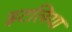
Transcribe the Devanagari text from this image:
इटलिया